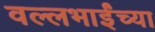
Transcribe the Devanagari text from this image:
वल्लभाईंच्या